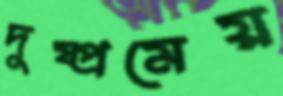
দুষ্প্রমেয়